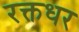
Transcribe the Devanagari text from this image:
रक्तधर